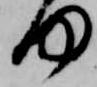
何